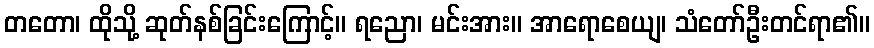
တတော၊ ထိုသို့ ဆုတ်နစ်ခြင်းကြောင့်။ ရညော၊ မင်းအား။ အာရောစေယျ၊ သံတော်ဦးတင်ရာ၏။